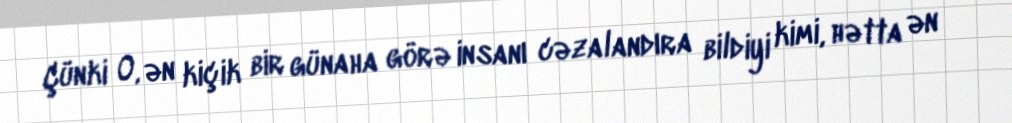
Çünki O, ən kiçik bir günaha görə insanı cəzalandıra bildiyi kimi, hətta ən